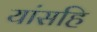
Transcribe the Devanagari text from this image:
यांसहि